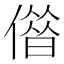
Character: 𠎥